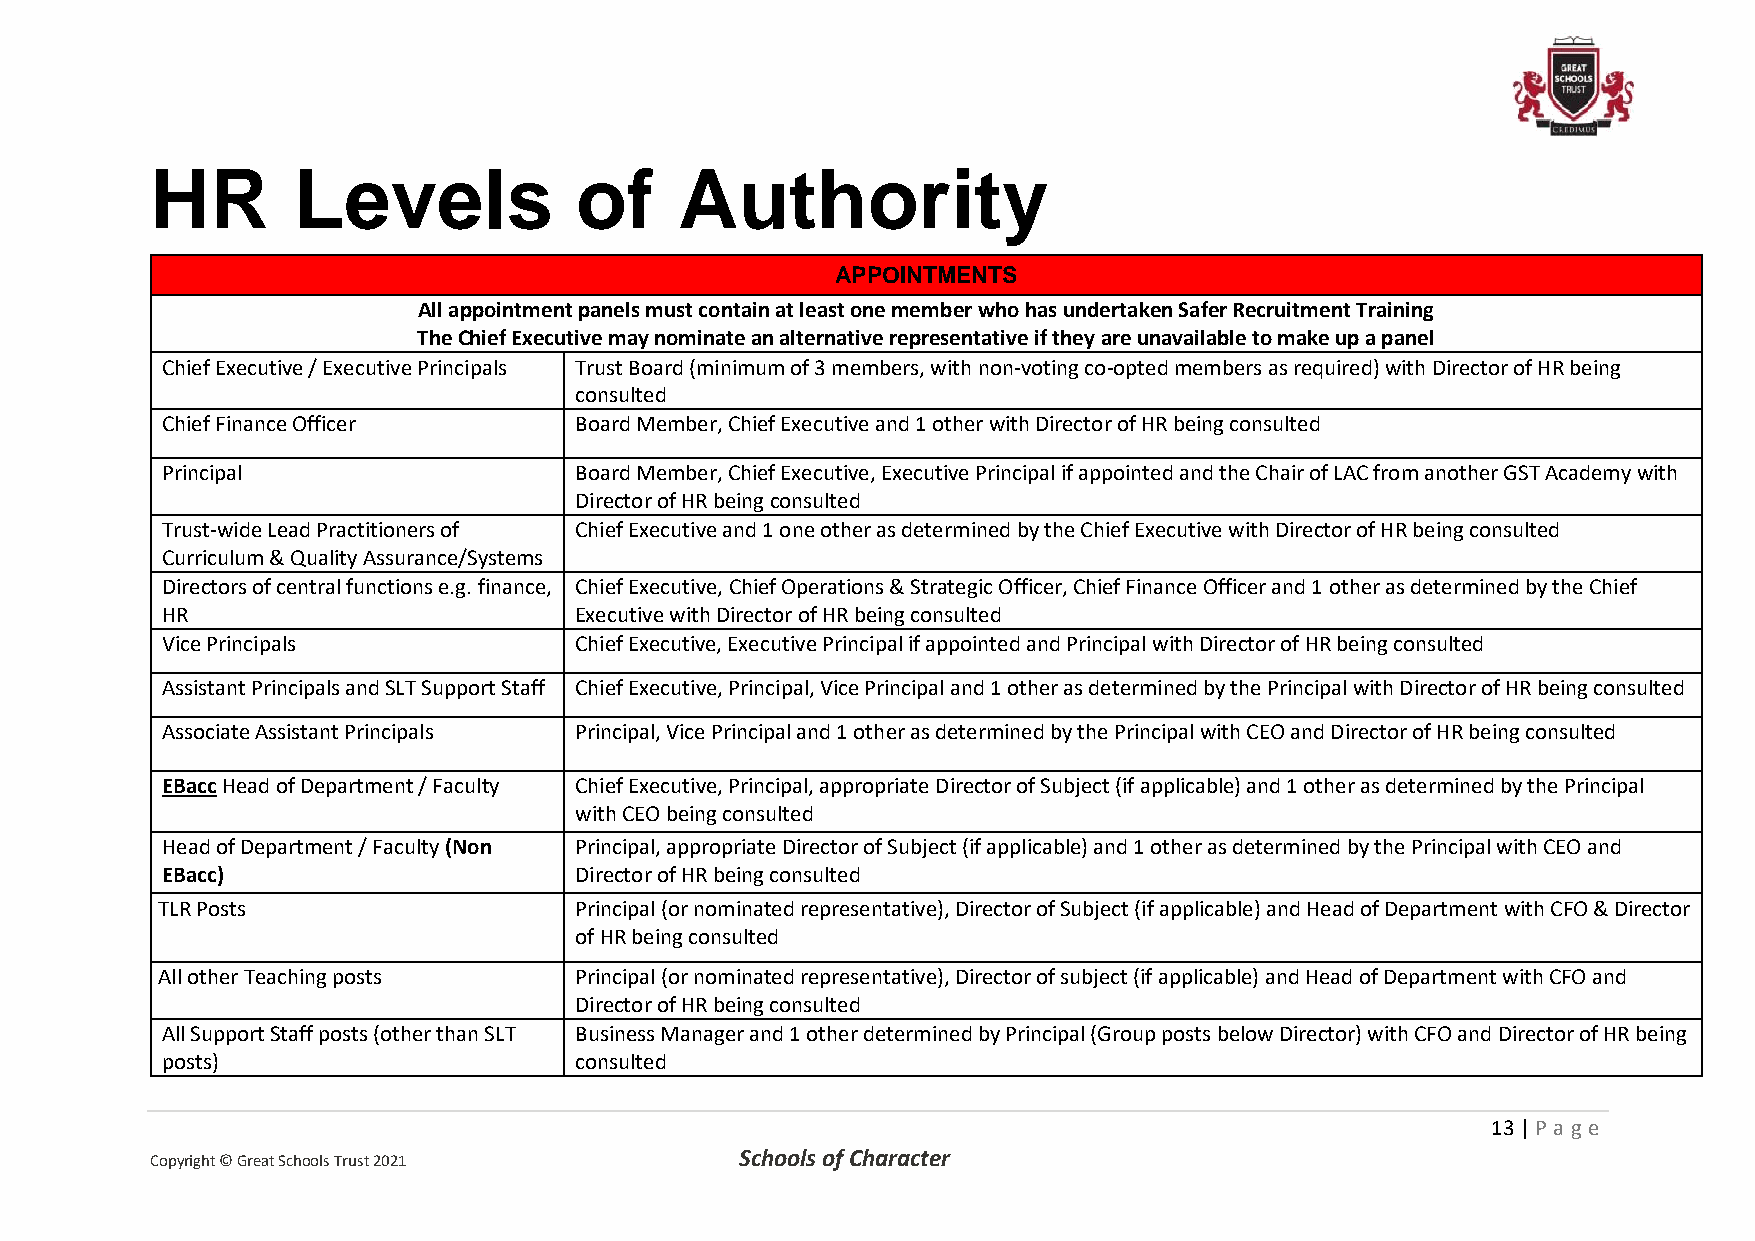
HR       Levels             of     Authority
 APPOINTMENTS
 All appointment panels must contain at least one member who has undertaken Safer Recruitment Training
 The Chief Executive may nominate an alternative representative if they are unavailable to make up a panel
 Chief Executive / Executive Principals Trust Board (minimum of 3 members, with non-voting co-opted members as required) with Director of HR being
 consulted
 Chief Finance Officer      Board Member, Chief Executive and 1 other with Director of HR being consulted
 Principal                  Board Member, Chief Executive, Executive Principal if appointed and the Chair of LAC from another GST Academy with
 Director of HR being consulted
 Trust-wide Lead Practitioners of Chief Executive and 1 one other as determined by the Chief Executive with Director of HR being consulted
 Curriculum & Quality Assurance/Systems
 Directors of central functions e.g. finance, Chief Executive, Chief Operations & Strategic Officer, Chief Finance Officer and 1 other as determined by the Chief
 HR                         Executive with Director of HR being consulted
 Vice Principals            Chief Executive, Executive Principal if appointed and Principal with Director of HR being consulted
 Assistant Principals and SLT Support Staff Chief Executive, Principal, Vice Principal and 1 other as determined by the Principal with Director of HR being consulted
 Associate Assistant Principals Principal, Vice Principal and 1 other as determined by the Principal with CEO and Director of HR being consulted
 EBacc Head of Department / Faculty Chief Executive, Principal, appropriate Director of Subject (if applicable) and 1 other as determined by the Principal
 with CEO being consulted
 Head of Department / Faculty (Non Principal, appropriate Director of Subject (if applicable) and 1 other as determined by the Principal with CEO and
 EBacc)                     Director of HR being consulted
 TLR Posts                   Principal (or nominated representative), Director of Subject (if applicable) and Head of Department with CFO & Director
 of HR being consulted
 All other Teaching posts    Principal (or nominated representative), Director of subject (if applicable) and Head of Department with CFO and
 Director of HR being consulted
 All Support Staff posts (other than SLT Business Manager and 1 other determined by Principal (Group posts below Director) with CFO and Director of HR being
 posts)                     consulted
 13 | P age
 Copyright © Great Schools Trust 2021   Schools of Character